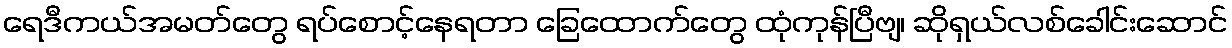
ရေဒီကယ်အမတ်တွေ ရပ်စောင့်နေရတာ ခြေထောက်တွေ ထုံကုန်ပြီဗျ၊ ဆိုရှယ်လစ်ခေါင်းဆောင်